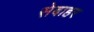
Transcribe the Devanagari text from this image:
सेबाहर